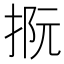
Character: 𢭫